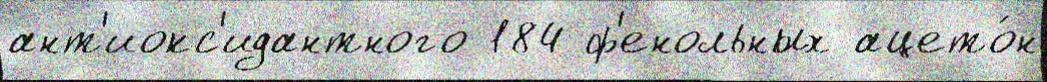
ант'иокс'идантного 184 ф'енольных ацето́н